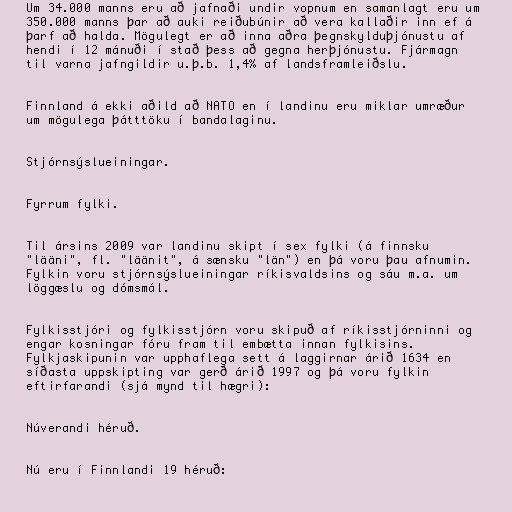
Um 34.000 manns eru að jafnaði undir vopnum en samanlagt eru um
350.000 manns þar að auki reiðubúnir að vera kallaðir inn ef á
þarf að halda. Mögulegt er að inna aðra þegnskylduþjónustu af
hendi í 12 mánuði í stað þess að gegna herþjónustu. Fjármagn
til varna jafngildir u.þ.b. 1,4% af landsframleiðslu.

Finnland á ekki aðild að NATO en í landinu eru miklar umræður
um mögulega þátttöku í bandalaginu.

Stjórnsýslueiningar.

Fyrrum fylki.

Til ársins 2009 var landinu skipt í sex fylki (á finnsku
"lääni", fl. "läänit", á sænsku "län") en þá voru þau afnumin.
Fylkin voru stjórnsýslueiningar ríkisvaldsins og sáu m.a. um
löggæslu og dómsmál.

Fylkisstjóri og fylkisstjórn voru skipuð af ríkisstjórninni og
engar kosningar fóru fram til embætta innan fylkisins.
Fylkjaskipunin var upphaflega sett á laggirnar árið 1634 en
síðasta uppskipting var gerð árið 1997 og þá voru fylkin
eftirfarandi (sjá mynd til hægri):

Núverandi héruð.

Nú eru í Finnlandi 19 héruð: